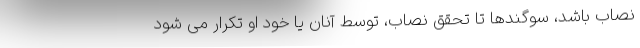
نصاب باشد، سوگندها تا تحقق نصاب، توسط آنان یا خود او تکرار می شود